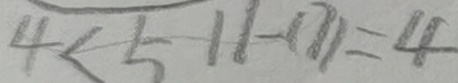
4 < 5 1 1 - ( 7 ) = 4